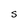
Character: S